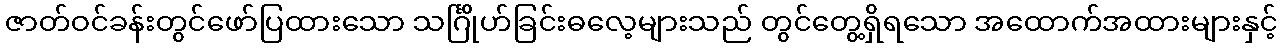
ဇာတ်ဝင်ခန်းတွင်ဖော်ပြထားသော သင်္ဂြိုဟ်ခြင်းဓလေ့များသည် တွင်တွေ့ရှိရသော အထောက်အထားများနှင့်